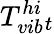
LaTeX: T_{vib}^{hi}{_t}